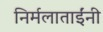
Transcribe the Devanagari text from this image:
निर्मलाताईंनी